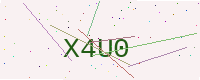
Text: X4U0